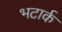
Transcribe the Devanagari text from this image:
भटार्क